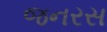
જનરસ